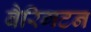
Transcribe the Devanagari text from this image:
बैरिगटन